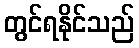
တွင်ရနိုင်သည်